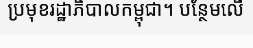
ប្រមុខរដ្ឋាភិបាលកម្ពុជា។ បន្ថែមលើ